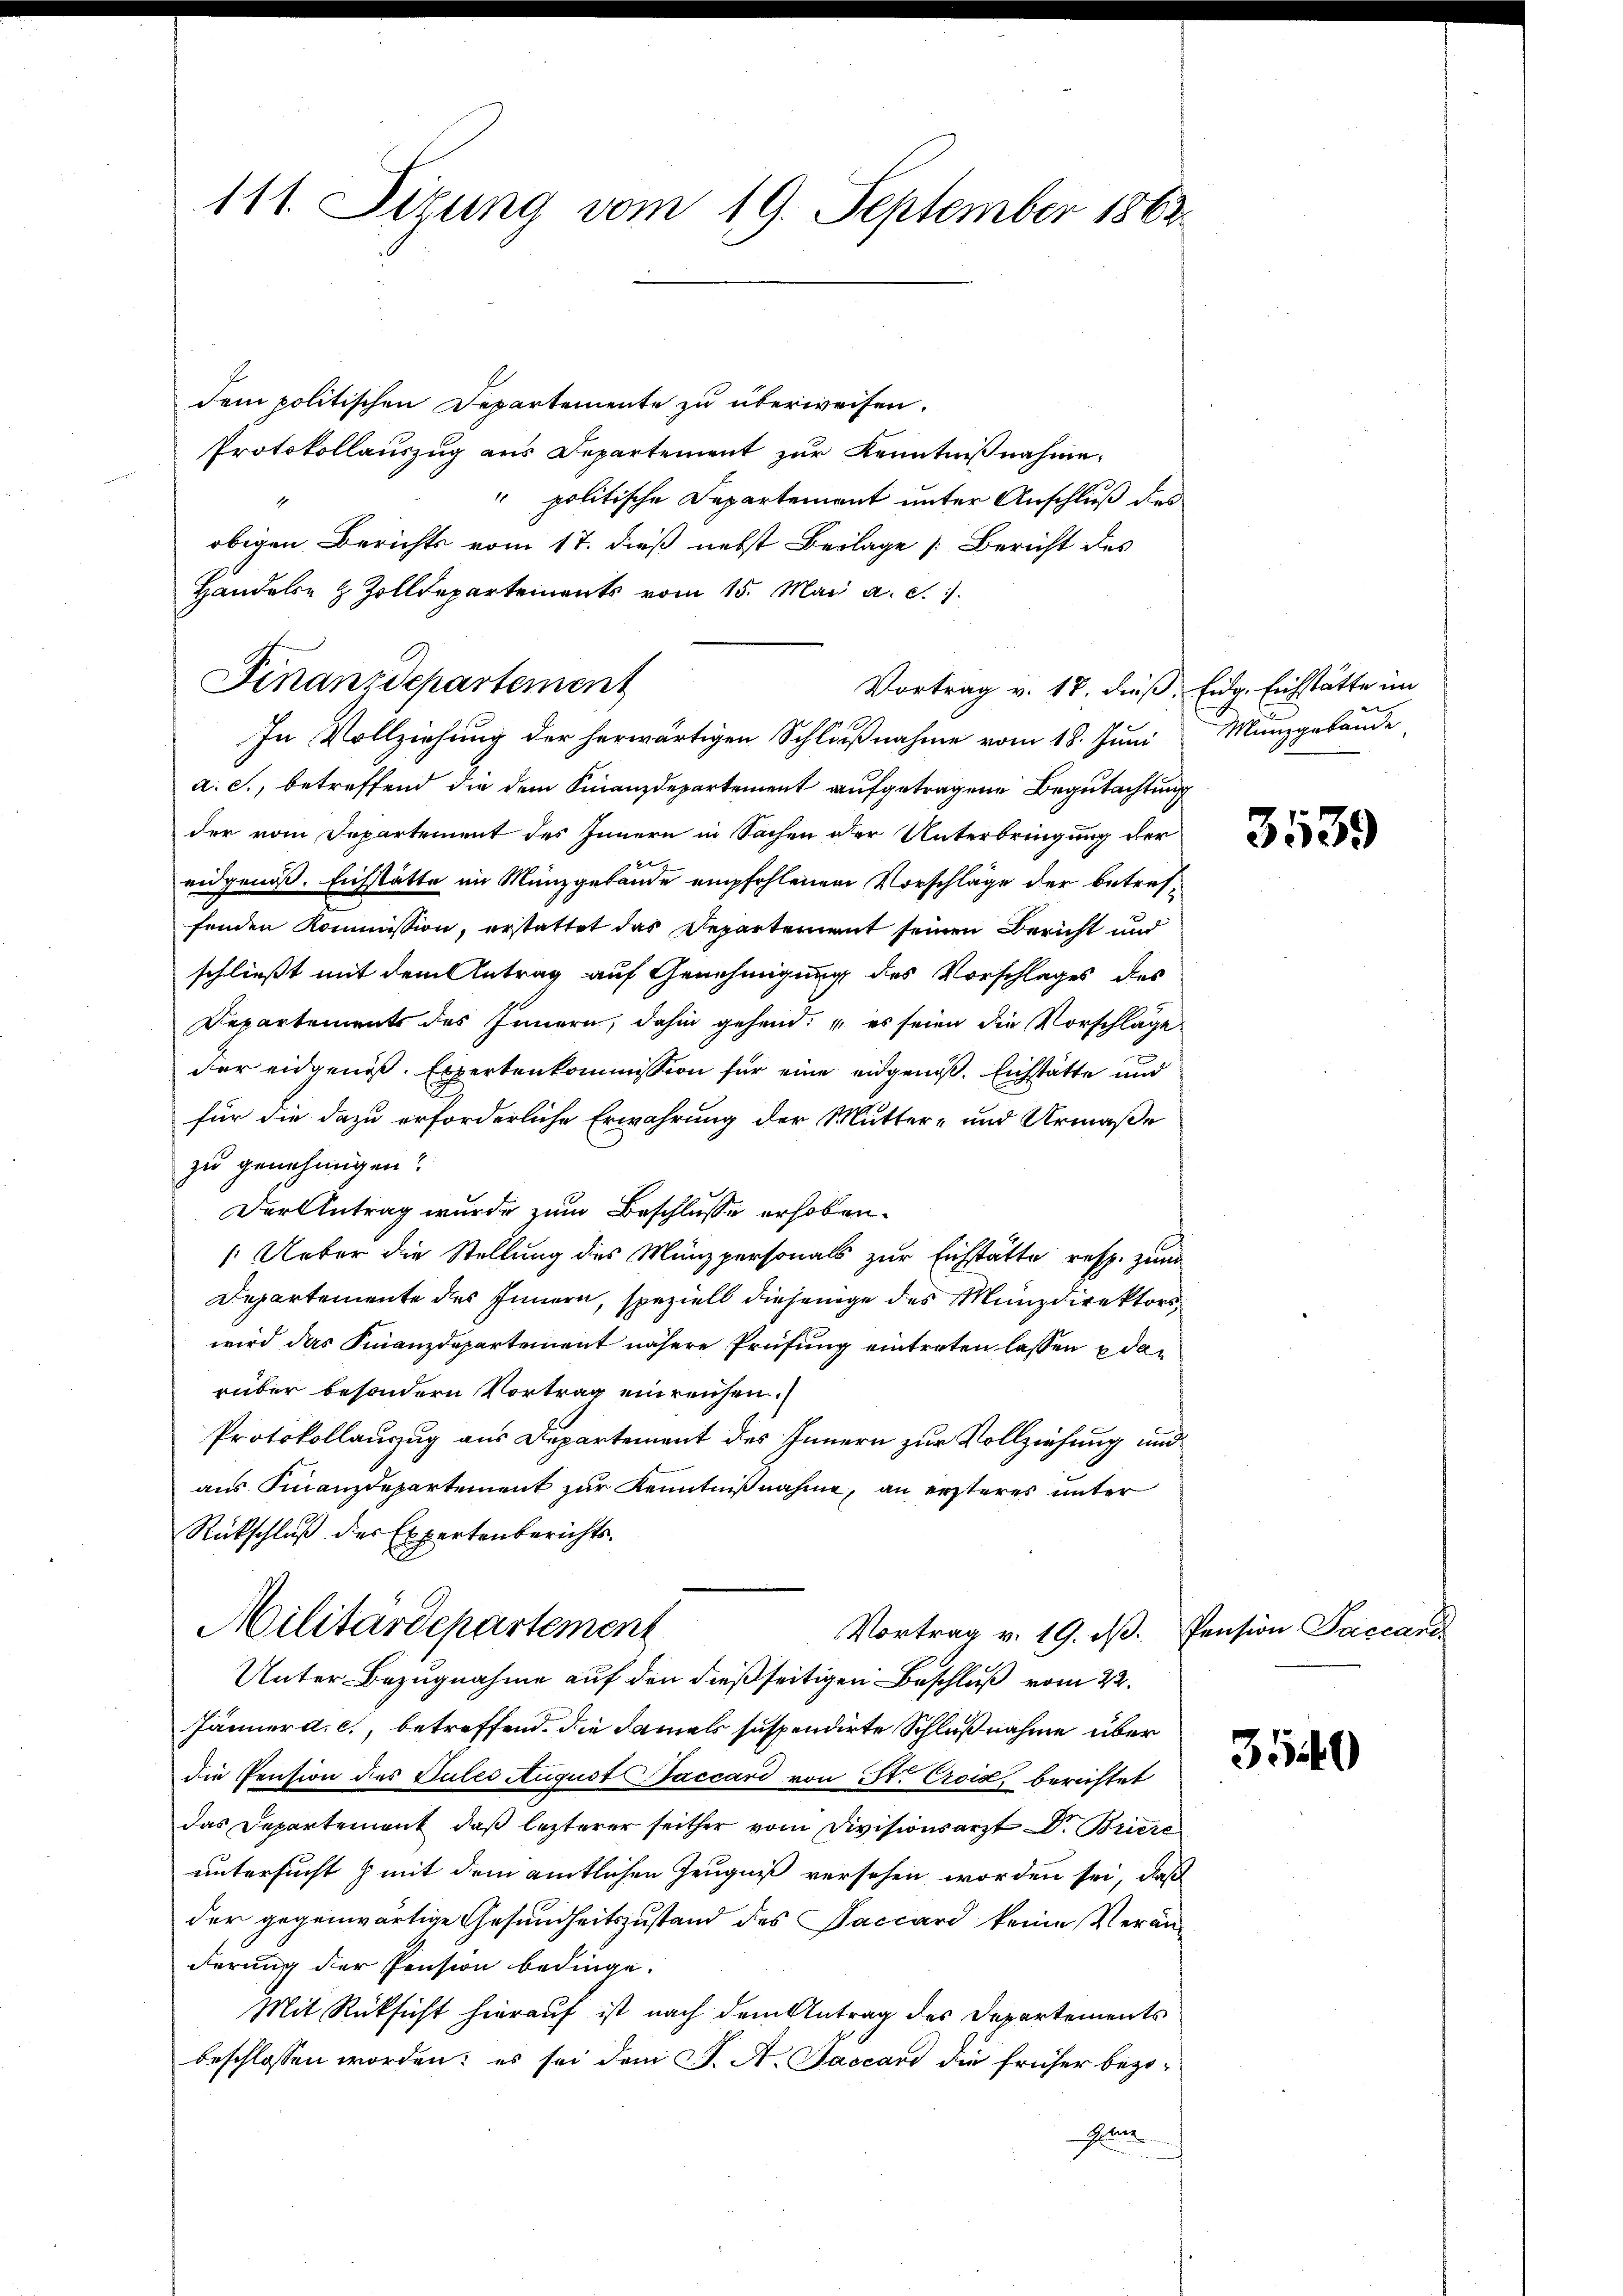
111. Sizung vom 19. September 1862

dem politischen Departemente zu überweisen.
Protokollauszug aus Departement zur Kenntnißnahme.
" politische Departement unter Anschluß des
obigen Berichts vom 17. dieß nebst Beilage [Bericht des
Handeln & Zolldepartements vom 15. Mai a. c.
a. c., betreffend die dem Finanzdepartement aufgetragene Begutachtung
der vom Departement des Innern in Sachen der Unterbringung der
eidgenöß. Eichstätte im Münzgebäude empfohlenen Vorschläge der betreffenden Kommission, erstattet das Departement seinen Bericht und
schließt mit dem Antrag auf Genehmigung des Vorschlages des
Departements des Innern, dahin gehend: „es seien die Vorschläge
der eidgenöß. Expertenkommission für eine eidgenoß. Eichstätte und
für die dazu erforderliche Erwährung der Mutter- und Urmaße
zu genehmigen?
Der Antrag wurde zum Beschlusse erhoben.
Ueber die Stellung des Münzpersonals zur Eichstätte resp. zum
Departemente des Innern, speziell diejenige des Münzdirektors,
wird das Finanzdepartement nähere Prüfung eintreten lassen darüber besondern Vortrag einreichen.
Protokollauszug aus Departement des Innern zur Vollziehung und
aus Finanzdepartement zur Kenntnißnahme, an ersteres unter
Rückschluß des Expertenberichts¬
Militärdepartement
Vortrag v. 19. dβ. Pension Paccarii
Unter Bezugnahme auf den dießseitigen Beschluß vom 22.
Jänner d. c., betreffend, die damals suspendirte Schlußnahme über
die Pension des Gutes August Baccard von St. Crois, berichtet
das Departement, daß lezterer seither vom Divisionsarzt Dr. Briere
untersucht mit dem amtlichen Zeugniß versehen worden sei, daß
der gegenwärtige Gesundheitszustand des Saccord keine Veränderung der Pension bedinge.
Mit Rücksicht hierauf ist nach dem Antrag des Departements
beschlossen worden: es sei dem J. A. Sascard die früher bezo¬
Glun

Finanzdepartement
In Vollziehung der herwärtigen Schlußnahme vom 18. Juni

Vortrag v. 18. dieß, Eidg. Eichstätte im

Manzgebäude

3539

3540